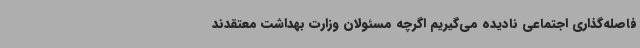
فاصله‌گذاری اجتماعی نادیده می‌گیریم اگرچه مسئولان وزارت بهداشت معتقدند